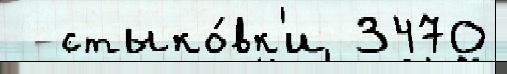
  стыко́вк'и 3470